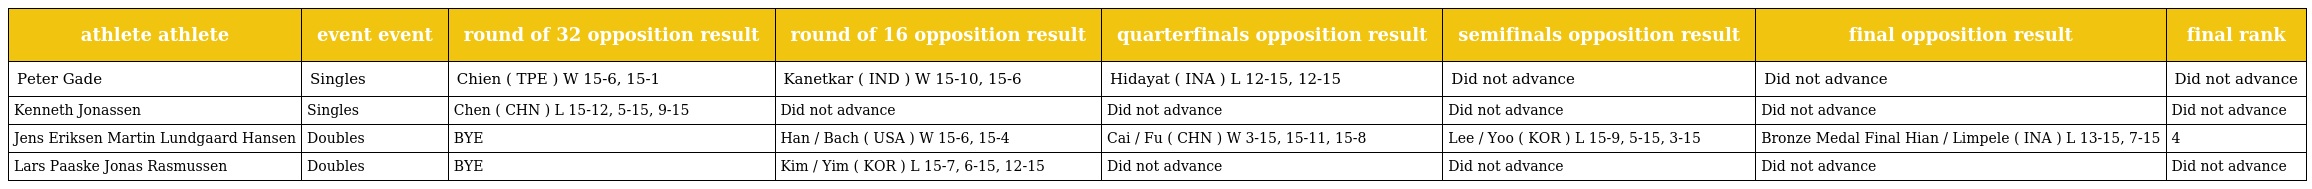
| athlete athlete | event event | round of 32 opposition result | round of 16 opposition result | quarterfinals opposition result | semifinals opposition result | final opposition result | final rank |
 | --- | --- | --- | --- | --- | --- | --- | --- |
 | Peter Gade | Singles | Chien ( TPE ) W 15-6, 15-1 | Kanetkar ( IND ) W 15-10, 15-6 | Hidayat ( INA ) L 12-15, 12-15 | Did not advance | Did not advance | Did not advance |
 | Kenneth Jonassen | Singles | Chen ( CHN ) L 15-12, 5-15, 9-15 | Did not advance | Did not advance | Did not advance | Did not advance | Did not advance |
 | Jens Eriksen Martin Lundgaard Hansen | Doubles | BYE | Han / Bach ( USA ) W 15-6, 15-4 | Cai / Fu ( CHN ) W 3-15, 15-11, 15-8 | Lee / Yoo ( KOR ) L 15-9, 5-15, 3-15 | Bronze Medal Final Hian / Limpele ( INA ) L 13-15, 7-15 | 4 |
 | Lars Paaske Jonas Rasmussen | Doubles | BYE | Kim / Yim ( KOR ) L 15-7, 6-15, 12-15 | Did not advance | Did not advance | Did not advance | Did not advance |